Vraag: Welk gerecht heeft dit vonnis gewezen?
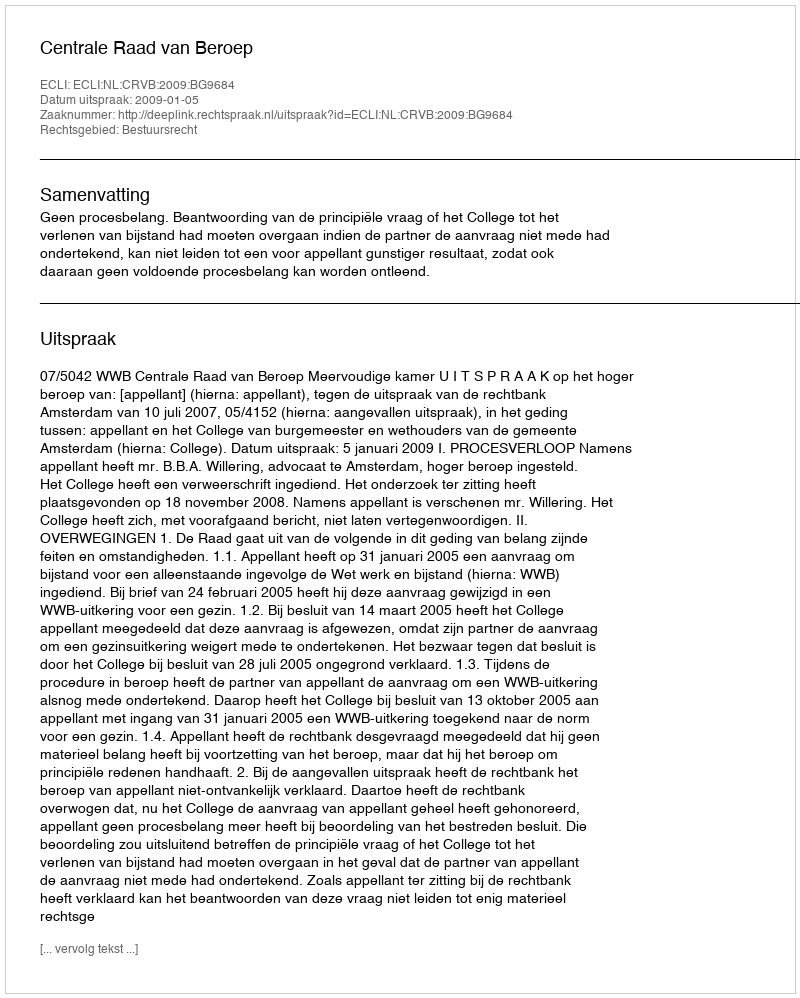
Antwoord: Centrale Raad van Beroep